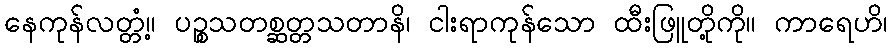
နေကုန်လတ္တံ့။ ပဉ္စသတစ္ဆတ္တသတာနိ၊ ငါးရာကုန်သော ထီးဖြူတို့ကို။ ကာရေဟိ၊